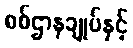
စစ်ဌာနချုပ်နှင့်